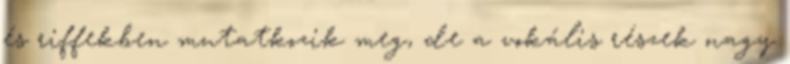
és riffekben mutatkozik meg, de a vokális részek nagy